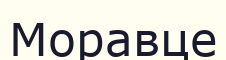
Моравце